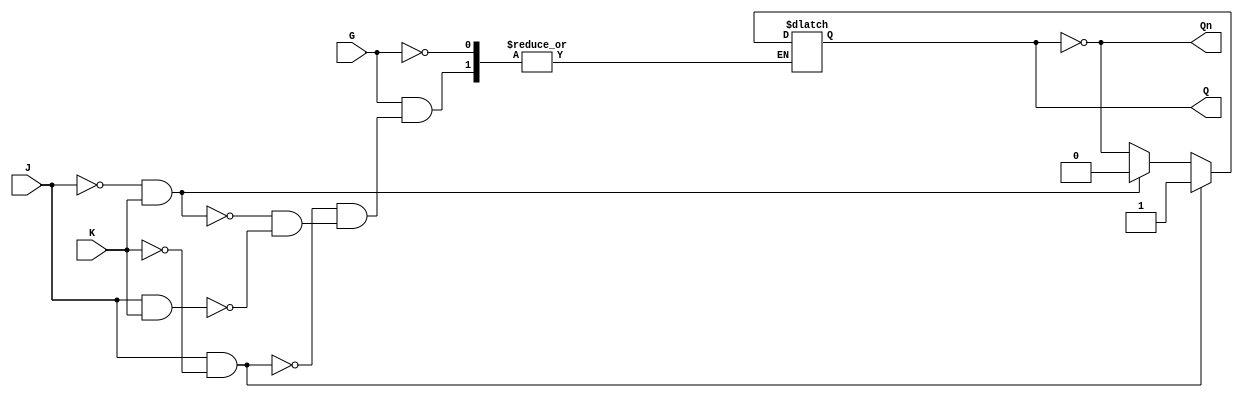
module gated_jk_latch (
    input wire J,      // Set input
    input wire K,      // Reset input
    input wire G,      // Enable input
    output reg Q,      // Output
    output wire Qn     // Complementary output
);

    assign Qn = ~Q; // Q' is the complement of Q

    always @ (G, J, K) begin
        if (G) begin
            if (J && !K) begin
                Q <= 1;  // Set condition
            end
            else if (!J && K) begin
                Q <= 0;  // Reset condition
            end
            else if (J && K) begin
                Q <= ~Q; // Toggle condition
            end
            // If J = 0 and K = 0, Q remains unchanged
        end
        // If G is low, Q retains its previous value
    end

endmodule